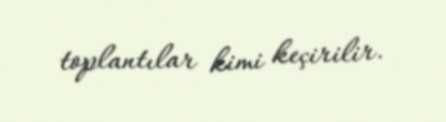
toplantılar kimi keçirilir.